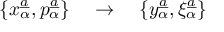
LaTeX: \{ x _ { \alpha } \sp { \underline { { { a } } } } , p _ { \alpha } \sp { \underline { { { a } } } } \} \quad \rightarrow \quad \{ y _ { \alpha } \sp { \underline { { { a } } } } , \xi _ { \alpha } \sp { \underline { { { a } } } } \}